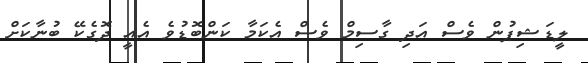
ލީޑަޝިޕުން ވެސް އަދި ގާސިމް ވެސް އެކަމާ ކަންބޮޑުވެ އެއީ ދޮގެކޭ ބުނާކަށް